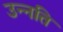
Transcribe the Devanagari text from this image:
उन्‍नति